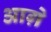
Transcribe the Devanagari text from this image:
आग़े